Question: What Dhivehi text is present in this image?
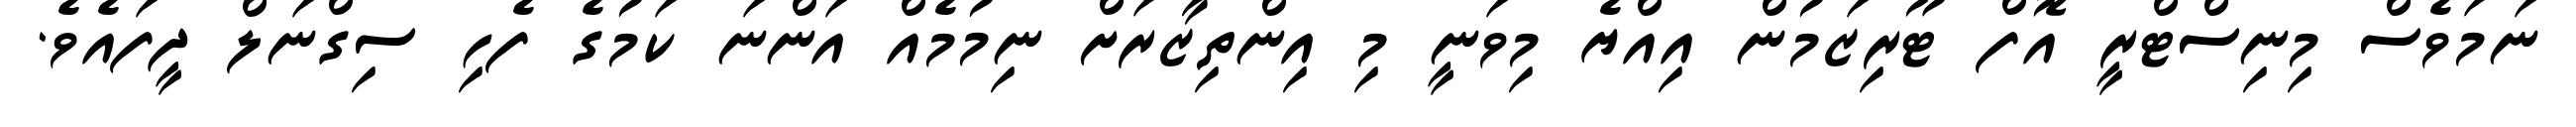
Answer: ނަމަވެސް މިނިސްޓްރީ އޮފް ޓޫރިޒަމުން އިއްޔެ މިވަނީ މި އިންތިޒާރަށް ނިމުމެއް އަންނަ ކަމުގެ ފެހި ސިގްނަލް ދީފައެވެ.